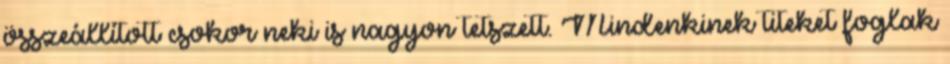
összeállított csokor neki is nagyon tetszett. Mindenkinek titeket foglak